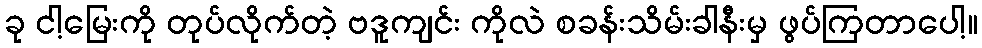
ခု ငါ့မြေးကို တုပ်လိုက်တဲ့ ဗဒူကျင်း ကိုလဲ စခန်းသိမ်းခါနီးမှ ဖွပ်ကြတာပေါ့။